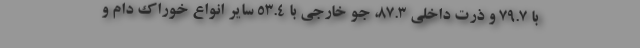
با ۷۹.۷ و ذرت داخلی ۸۷.۳، جو خارجی با ۵۳.۴ سایر انواع خوراک دام و